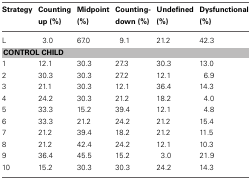
| Strategy | Counting up (%) | Midpoint (%) | Counting-down (%) | Undefined (%) | Dysfunctional (%) |
 | --- | --- | --- | --- | --- | --- |
 | L | 3.0 | 67.0 | 9.1 | 21.2 | 42.3 |
 | <COLSPAN=6> CONTROL CHILD |
 | 1 | 12.1 | 30.3 | 27.3 | 30.3 | 13.0 |
 | 2 | 30.3 | 30.3 | 27.2 | 12.1 | 6.9 |
 | 3 | 21.1 | 30.3 | 12.1 | 36.4 | 14.3 |
 | 4 | 24.2 | 30.3 | 21.2 | 18.2 | 4.0 |
 | 5 | 33.3 | 15.2 | 39.4 | 12.1 | 4.8 |
 | 6 | 33.3 | 21.2 | 24.2 | 21.2 | 15.4 |
 | 7 | 21.2 | 39.4 | 18.2 | 21.2 | 11.5 |
 | 8 | 21.2 | 42.4 | 24.2 | 12.1 | 10.3 |
 | 9 | 36.4 | 45.5 | 15.2 | 3.0 | 21.9 |
 | 10 | 15.2 | 30.3 | 30.3 | 24.2 | 14.3 |